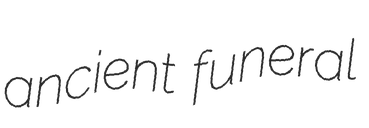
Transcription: ancient funeral